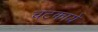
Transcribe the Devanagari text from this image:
चटकाये